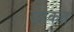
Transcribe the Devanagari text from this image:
उरकत